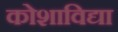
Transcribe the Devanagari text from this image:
कोशाविद्या